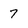
Character: 7